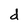
Character: d